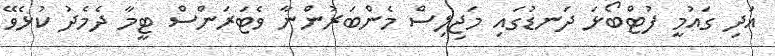
އަދި ގައުމީ ފުޓްބޯޅަ ދަނޑުގައި މަޖިލިސް މެންބަރުންނާ ވެޓަރަންސް ޓީމާ ދެމެދު ކުޅެވޭ